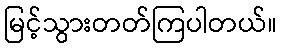
မြင့်သွားတတ်ကြပါတယ်။